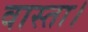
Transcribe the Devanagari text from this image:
वास्ता।